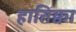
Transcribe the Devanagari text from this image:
हातिक्वा